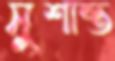
সুশান্ত